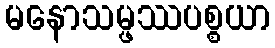
မနောသမ္ဖဿပစ္စယာ